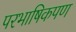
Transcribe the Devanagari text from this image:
परभाषिकपण